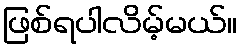
ဖြစ်ရပါလိမ့်မယ်။